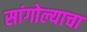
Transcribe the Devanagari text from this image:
सांगोल्याचा